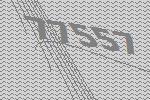
77557